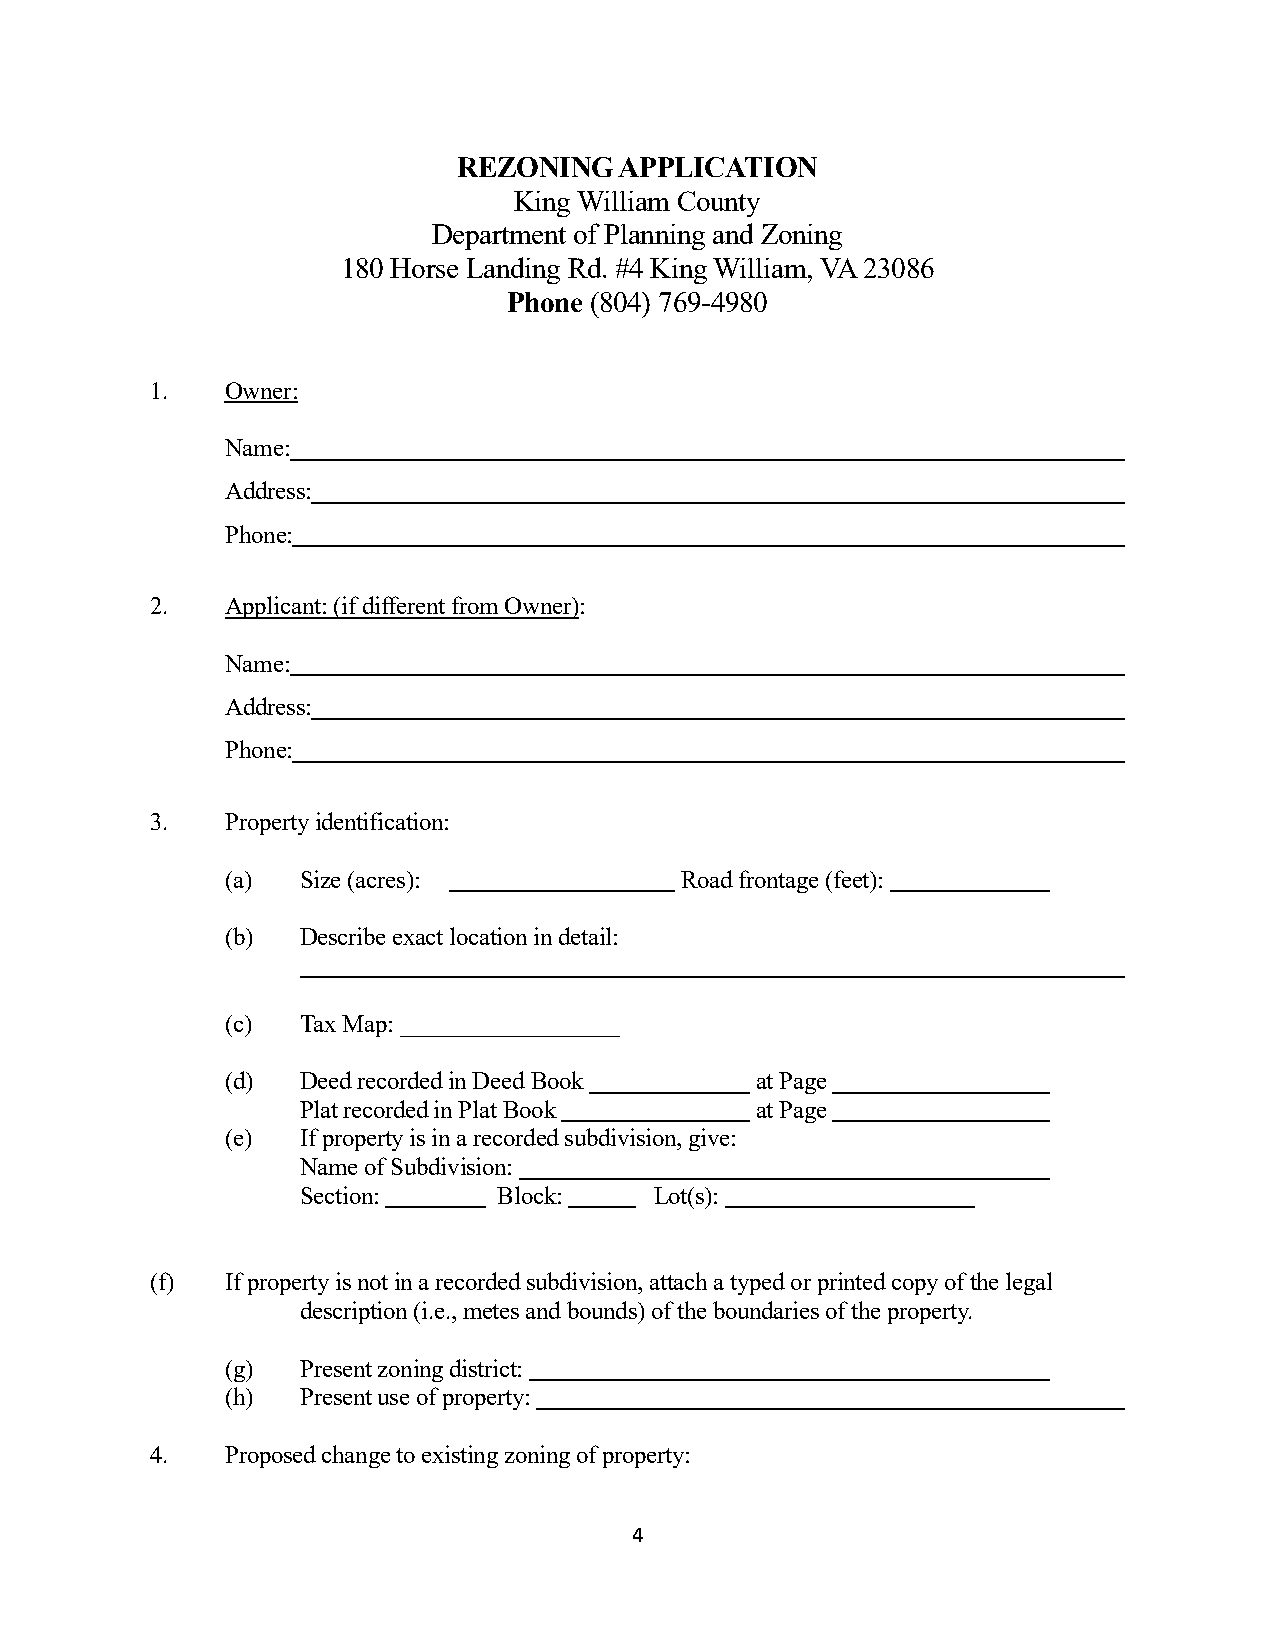
REZONING   APPLICATION
 King William County
 Department of Planning and Zoning
 180 Horse Landing Rd. #4 King William, VA 23086
 Phone (804) 769-4980
 1.   Owner:
 Name:
 Address:
 Phone:
 2.   Applicant: (if different from Owner):
 Name:
 Address:
 Phone:
 3.   Property identification:
 (a)  Size (acres):            Road frontage (feet):
 (b)  Describe exact location in detail:
 (c)  Tax Map: __________________
 (d)  Deed recorded in Deed Book    at Page
 Plat recorded in Plat Book    at Page
 (e)  If property is in a recorded subdivision, give:
 Name of Subdivision:
 Section:     Block:    Lot(s):
 (f)  If property is not in a recorded subdivision, attach a typed or printed copy of the legal
 description (i.e., metes and bounds) of the boundaries of the property.
 (g)  Present zoning district:
 (h)  Present use of property:
 4.   Proposed change to existing zoning of property:
 4